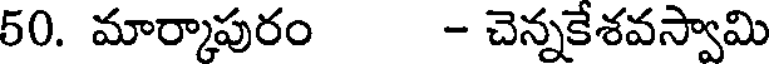
50. మార్కాపురం - చెన్నకేశవస్వామి